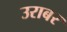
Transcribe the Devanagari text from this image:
उराबर